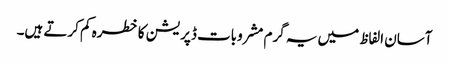
آسان الفاظ میں یہ گرم مشروبات ڈپریشن کا خطرہ کم کرتے ہیں۔